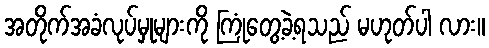
အတိုက်အခံလုပ်မှုများကို ကြုံတွေ့ခဲ့ရသည် မဟုတ်ပါ လား။